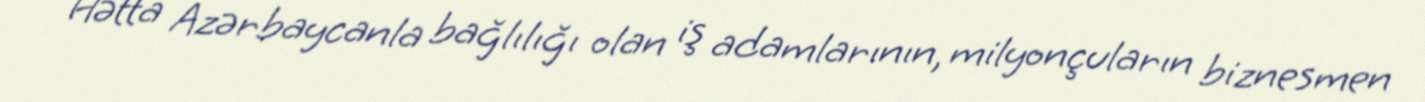
Hətta Azərbaycanla bağlılığı olan iş adamlarının, milyonçuların biznesmen